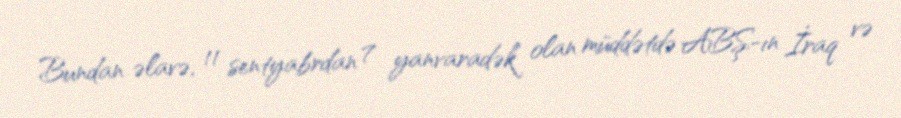
Bundan əlavə, 11 sentyabrdan 7 yanvaradək olan müddətdə ABŞ-ın İraq və